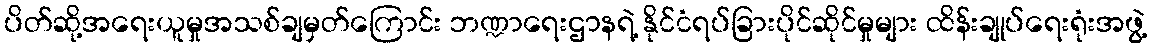
ပိတ်ဆို့အရေးယူမှုအသစ်ချမှတ်ကြောင်း ဘဏ္ဍာရေးဌာနရဲ့ နိုင်ငံရပ်ခြားပိုင်ဆိုင်မှုများ ထိန်းချုပ်ရေးရုံးအဖွဲ့